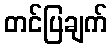
တင်ပြချက်